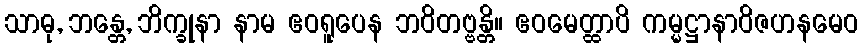
သာဓု, ဘန္တေ, ဘိက္ခုနာ နာမ ဧဝရူပေန ဘဝိတဗ္ဗန္တိ။ ဧဝမေတ္ထာပိ ကမ္မဋ္ဌာနာဝိဇဟနမေဝ